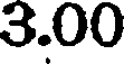
3.00